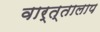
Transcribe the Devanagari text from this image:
वार्त्तालाप